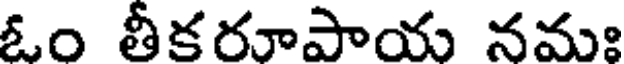
ఓం తీకరూపాయ నమః